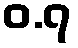
ဝ.၇